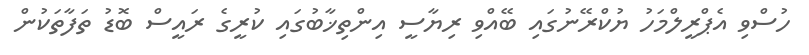
ހުސްވި އެޕްރީލްމަހު ޔުކްރޭނުގައި ބޭއްވި ރިޔާސީ އިންތިޚާބުގައި ކުރީގެ ރައީސް ބޮޑު ތަފާތަކުން